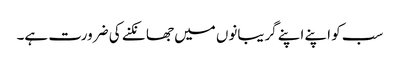
سب کو اپنے اپنے گریبانوں میں جھانکنے کی ضرورت ہے۔